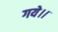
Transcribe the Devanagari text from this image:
गये।।